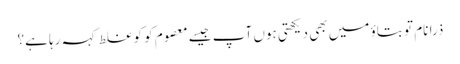
ذرا نام تو بتاؤ میں بھی دیکھتی ہوں آپ جیسے معصوم کو کو غلط کہہ رہا ہے؟